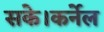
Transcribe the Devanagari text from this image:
सके।कर्नेल